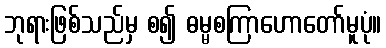
ဘုရားဖြစ်သည်မှ စ၍ ဓမ္မစကြာဟောတော်မူပုံ။